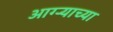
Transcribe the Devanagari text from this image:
आग्‍र्‍याच्या